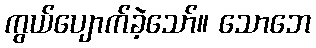
ကွယ်ပျောက်ခဲ့သော်။ သောဘေ